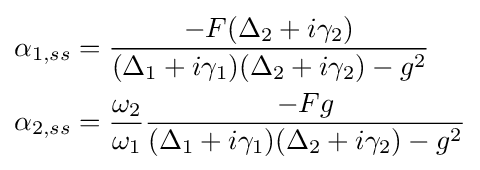
{\begin{aligned}\alpha _{1,ss}&={\frac {-F(\Delta _{2}+i\gamma _{2})}{(\Delta _{1}+i\gamma _{1})(\Delta _{2}+i\gamma _{2})-g^{2}}}\\\alpha _{2,ss}&={\frac {\omega _{2}}{\omega _{1}}}{\dfrac {-Fg}{(\Delta _{1}+i\gamma _{1})(\Delta _{2}+i\gamma _{2})-g^{2}}}\end{aligned}}